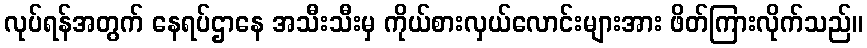
လုပ်ရန်အတွက် နေရပ်ဌာနေ အသီးသီးမှ ကိုယ်စားလှယ်လောင်းများအား ဖိတ်ကြားလိုက်သည်။